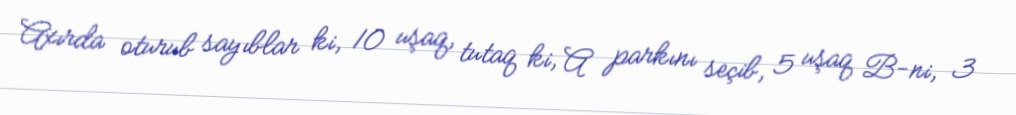
Axırda oturub sayıblar ki, 10 uşaq, tutaq ki, A parkını seçib, 5 uşaq B-ni, 3